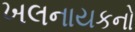
ખલનાયકનો